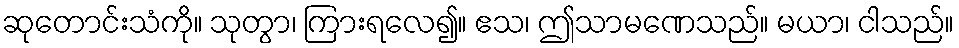
ဆုတောင်းသံကို။ သုတွာ၊ ကြားရလေ၍။ ဧသ၊ ဤသာမဏေသည်။ မယာ၊ ငါသည်။